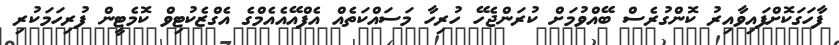
ފާހަގަކޮށްފައިވާއިރު ކޮންގުރެސް ބޭއްވުމަށް ކުރަންޖެހޭ ހުރިހާ މަސައްކަތެއް އެފްއޭއެއެމްގެ އެގްޒެކުޓިވް ކޮމެޓީން ފުރިހަމަކުރި